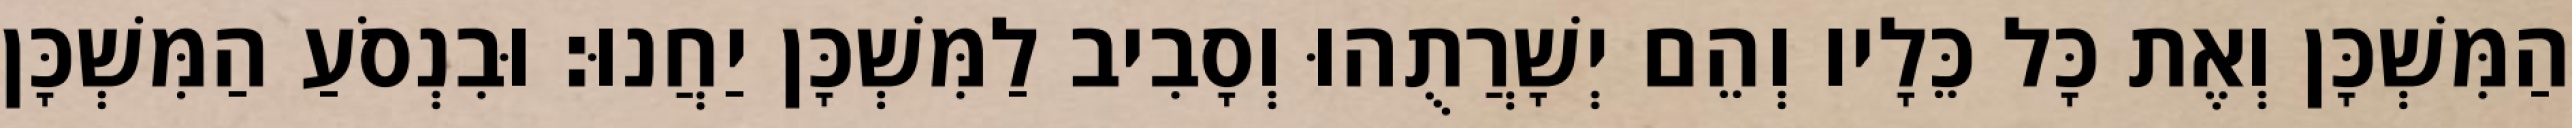
הַמִּשְׁכָּן וְאֶת כָּל כֵּלָיו וְהֵם יְשָׁרֲתֻהוּ וְסָבִיב לַמִּשְׁכָּן יַחֲנוּ׃ וּבִנְסֹעַ הַמִּשְׁכָּן